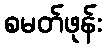
စမတ်ဖုန်း